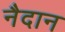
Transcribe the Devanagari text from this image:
नैदान